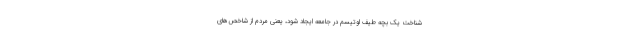
شناخت یک بچه طیف اوتیسم در جامعه ایجاد شود، یعنی مردم از شاخص‌های